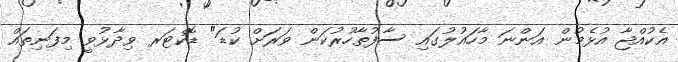
އެކުއްޖާ އުޅެމުން އަންނަ މާހައުލުގައި ސާފުތާހުރުކަން ވަރަށް ކުޑަ" ޑޮކްޓަރ ވިދާޅުވީ މިފަނިތައް